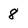
Character: 8